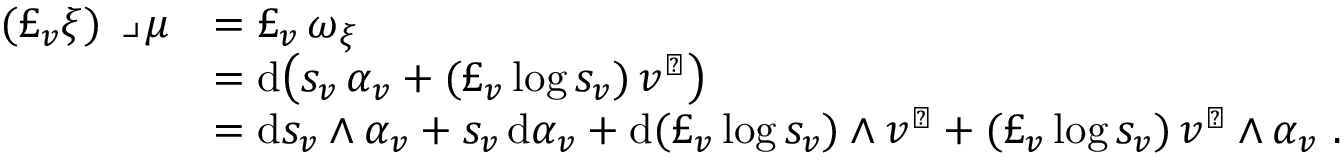
\begin{array} { r l } { ( \pounds _ { v } \xi ) \, \lrcorner \, \mu } & { = \pounds _ { v } \, \omega _ { \xi } } \\ & { = \mathrm { d } \bigl ( s _ { v } \, \alpha _ { v } + ( \pounds _ { v } \log s _ { v } ) \, v ^ { \flat } \bigr ) } \\ & { = \mathrm { d } s _ { v } \wedge \alpha _ { v } + s _ { v } \, \mathrm { d } \alpha _ { v } + \mathrm { d } ( \pounds _ { v } \log s _ { v } ) \wedge v ^ { \flat } + ( \pounds _ { v } \log s _ { v } ) \, v ^ { \flat } \wedge \alpha _ { v } \ . } \end{array}